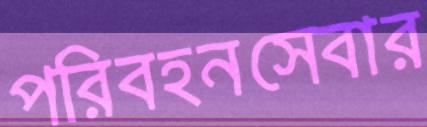
পরিবহনসেবার